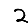
Digit: 2